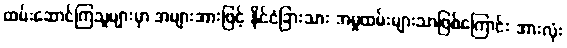
ထမ်းဆောင်ကြသူများမှာ အများအားဖြင့် နိုင်ငံခြားသား အမှုထမ်းများသာဖြစ်ကြောင်း အားလုံး